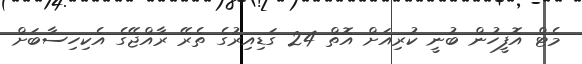
މެޓް އޮފީހުން ބުނީ ކުރިއަށް އޮތް 24 ގަޑިއިރުގެ ތެރޭ ރާއްޖޭގެ އެކިހިސާބަށް